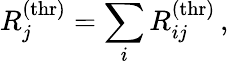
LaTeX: R_{j}^{\mathrm{(thr)}}=\sum_{i}R_{ij}^{\mathrm{(thr)}}\, ,